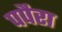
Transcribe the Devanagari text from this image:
पपैरा